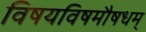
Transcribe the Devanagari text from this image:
विषयविषमौषधम्